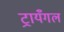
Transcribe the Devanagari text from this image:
ट्रायँगल